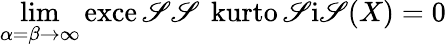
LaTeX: \operatorname*{lim}_{\alpha=\beta\to\infty}\operatorname{exce\mathscr{S}\mathscr{S}\ kurto\mathscr{S}i\mathscr{S}}(X)=0